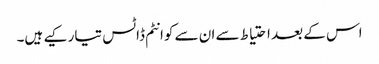
اس کے بعد احتیاط سے ان سے کوانٹم ڈاٹس تیار کیے ہیں۔